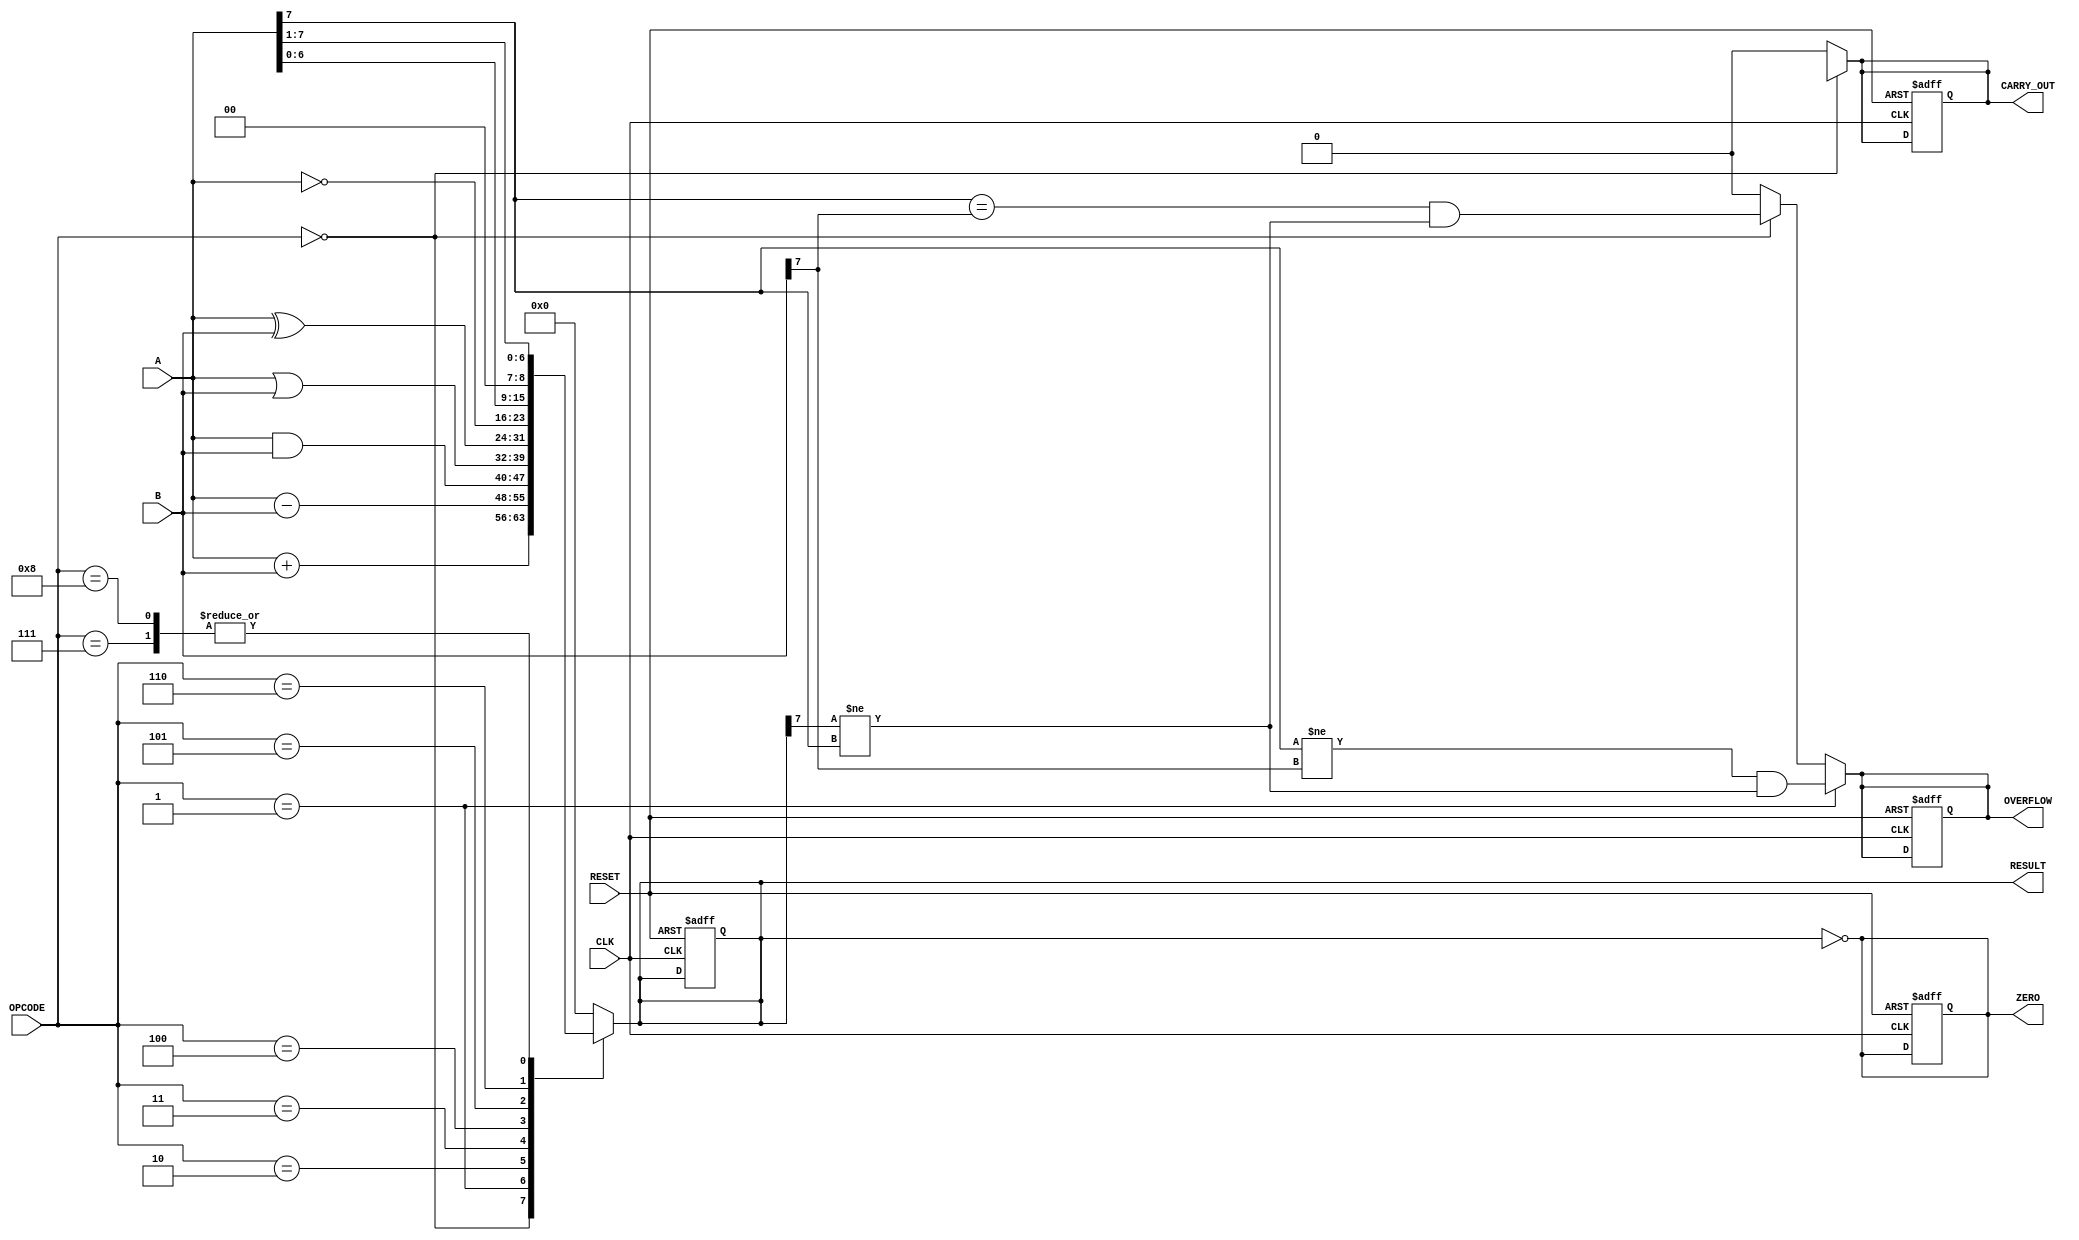
module ParameterizedALU #(
    parameter DATA_WIDTH = 8
)(
    input  wire [DATA_WIDTH-1:0] A,        // First operand
    input  wire [DATA_WIDTH-1:0] B,        // Second operand
    input  wire [3:0] OPCODE,               // Operation code
    input  wire CLK,                        // Clock signal
    input  wire RESET,                      // Asynchronous reset signal
    output reg [DATA_WIDTH-1:0] RESULT,    // Result of the operation
    output reg ZERO,                        // Zero flag
    output reg OVERFLOW,                    // Overflow flag
    output reg CARRY_OUT                    // Carry out flag
);

    // Internal signals
    wire [DATA_WIDTH-1:0] ADD_RESULT;
    wire [DATA_WIDTH-1:0] SUB_RESULT;
    wire [DATA_WIDTH-1:0] AND_RESULT;
    wire [DATA_WIDTH-1:0] OR_RESULT;
    wire [DATA_WIDTH-1:0] XOR_RESULT;
    wire [DATA_WIDTH-1:0] NOT_RESULT;
    wire [DATA_WIDTH-1:0] SHL_RESULT;
    wire [DATA_WIDTH-1:0] SHR_RESULT;
    wire [DATA_WIDTH-1:0] ASR_RESULT;

    // Arithmetic operations
    assign ADD_RESULT = A + B;
    assign SUB_RESULT = A - B;
    assign AND_RESULT = A & B;
    assign OR_RESULT = A | B;
    assign XOR_RESULT = A ^ B;
    assign NOT_RESULT = ~A;
    assign SHL_RESULT = A << 1; // Logical Shift Left
    assign SHR_RESULT = A >> 1; // Logical Shift Right
    assign ASR_RESULT = A >>> 1; // Arithmetic Shift Right

    always @(*) begin
        // Default values
        RESULT = 0;
        ZERO = 0;
        OVERFLOW = 0;
        CARRY_OUT = 0;

        case (OPCODE)
            4'b0000: RESULT = ADD_RESULT; // Addition
            4'b0001: RESULT = SUB_RESULT; // Subtraction
            4'b0010: RESULT = AND_RESULT; // AND
            4'b0011: RESULT = OR_RESULT;  // OR
            4'b0100: RESULT = XOR_RESULT; // XOR
            4'b0101: RESULT = NOT_RESULT; // NOT
            4'b0110: RESULT = SHL_RESULT; // Shift Left
            4'b0111: RESULT = SHR_RESULT; // Shift Right
            4'b1000: RESULT = ASR_RESULT; // Arithmetic Shift Right
            default: RESULT = 0;           // Default case
        endcase

        // Flags logic
        ZERO = (RESULT == 0);
        CARRY_OUT = (OPCODE == 4'b0000) ? (ADD_RESULT[DATA_WIDTH] != 0) : 0; // Carry out for addition
        OVERFLOW = (OPCODE == 4'b0000) ? (A[DATA_WIDTH-1] == B[DATA_WIDTH-1] && RESULT[DATA_WIDTH-1] != A[DATA_WIDTH-1]) : 0; // Overflow for addition
        OVERFLOW = (OPCODE == 4'b0001) ? (A[DATA_WIDTH-1] != B[DATA_WIDTH-1] && RESULT[DATA_WIDTH-1] != A[DATA_WIDTH-1]) : OVERFLOW; // Overflow for subtraction
    end

    // Synchronous operation
    always @(posedge CLK or posedge RESET) begin
        if (RESET) begin
            RESULT <= 0;
            ZERO <= 0;
            OVERFLOW <= 0;
            CARRY_OUT <= 0;
        end else begin
            // The results and flags are updated by combinational logic above
        end
    end

endmodule